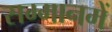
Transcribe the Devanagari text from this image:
सम्मानमें